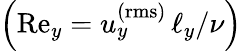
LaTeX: \left(\mathrm{Re}_{y}=u_{y}^{\mathrm{(rms)}}\, \ell_{y}/\nu\right)